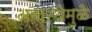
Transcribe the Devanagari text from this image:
अनास्थेमुळे